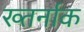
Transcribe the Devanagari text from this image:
ख्तर्नाक